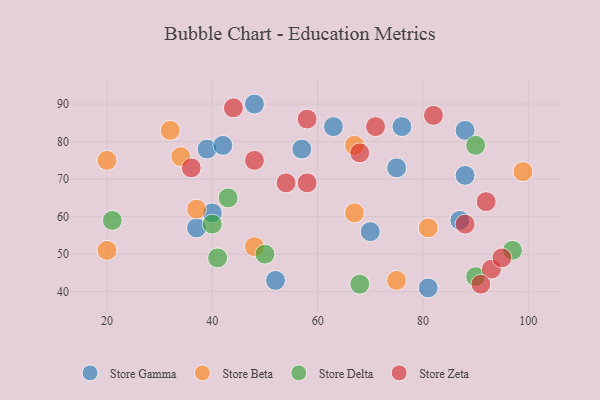
{"axis": {"x": "GDP", "y": "Life Expectancy"}, "legend": ["Store Beta", "Store Delta", "Store Gamma", "Store Zeta"], "data": [{"x": "70", "y": 56, "type": "Store Gamma"}, {"x": "57", "y": 78, "type": "Store Gamma"}, {"x": "87", "y": 59, "type": "Store Gamma"}, {"x": "88", "y": 71, "type": "Store Gamma"}, {"x": "40", "y": 61, "type": "Store Gamma"}, {"x": "75", "y": 73, "type": "Store Gamma"}, {"x": "39", "y": 78, "type": "Store Gamma"}, {"x": "52", "y": 43, "type": "Store Gamma"}, {"x": "81", "y": 41, "type": "Store Gamma"}, {"x": "48", "y": 90, "type": "Store Gamma"}, {"x": "37", "y": 57, "type": "Store Gamma"}, {"x": "88", "y": 83, "type": "Store Gamma"}, {"x": "76", "y": 84, "type": "Store Gamma"}, {"x": "63", "y": 84, "type": "Store Gamma"}, {"x": "42", "y": 79, "type": "Store Gamma"}, {"x": "75", "y": 43, "type": "Store Beta"}, {"x": "99", "y": 72, "type": "Store Beta"}, {"x": "20", "y": 75, "type": "Store Beta"}, {"x": "32", "y": 83, "type": "Store Beta"}, {"x": "48", "y": 52, "type": "Store Beta"}, {"x": "20", "y": 51, "type": "Store Beta"}, {"x": "34", "y": 76, "type": "Store Beta"}, {"x": "67", "y": 79, "type": "Store Beta"}, {"x": "37", "y": 62, "type": "Store Beta"}, {"x": "67", "y": 61, "type": "Store Beta"}, {"x": "81", "y": 57, "type": "Store Beta"}, {"x": "43", "y": 65, "type": "Store Delta"}, {"x": "21", "y": 59, "type": "Store Delta"}, {"x": "68", "y": 42, "type": "Store Delta"}, {"x": "90", "y": 79, "type": "Store Delta"}, {"x": "90", "y": 44, "type": "Store Delta"}, {"x": "41", "y": 49, "type": "Store Delta"}, {"x": "50", "y": 50, "type": "Store Delta"}, {"x": "40", "y": 58, "type": "Store Delta"}, {"x": "97", "y": 51, "type": "Store Delta"}, {"x": "93", "y": 46, "type": "Store Zeta"}, {"x": "68", "y": 77, "type": "Store Zeta"}, {"x": "44", "y": 89, "type": "Store Zeta"}, {"x": "88", "y": 58, "type": "Store Zeta"}, {"x": "54", "y": 69, "type": "Store Zeta"}, {"x": "82", "y": 87, "type": "Store Zeta"}, {"x": "92", "y": 64, "type": "Store Zeta"}, {"x": "71", "y": 84, "type": "Store Zeta"}, {"x": "95", "y": 49, "type": "Store Zeta"}, {"x": "58", "y": 69, "type": "Store Zeta"}, {"x": "48", "y": 75, "type": "Store Zeta"}, {"x": "91", "y": 42, "type": "Store Zeta"}, {"x": "58", "y": 86, "type": "Store Zeta"}, {"x": "36", "y": 73, "type": "Store Zeta"}]}